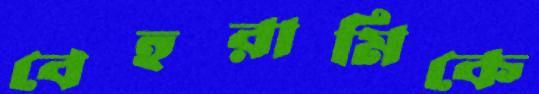
বেহরামিকে